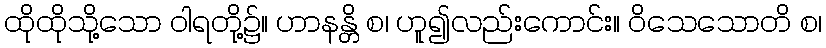
ထိုထိုသို့သော ဝါရတို့၌။ ဟာနန္တိ စ၊ ဟူ၍လည်းကောင်း။ ဝိသေသောတိ စ၊